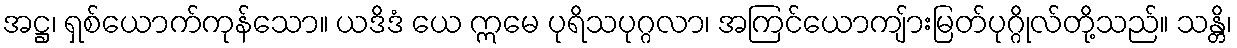
အဋ္ဌ၊ ရှစ်ယောက်ကုန်သော။ ယဒိဒံ ယေ ဣမေ ပုရိသပုဂ္ဂလာ၊ အကြင်ယောကျ်ားမြတ်ပုဂ္ဂိုလ်တို့သည်။ သန္တိ၊